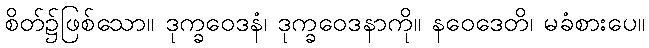
စိတ်၌ဖြစ်သော။ ဒုက္ခဝေဒနံ၊ ဒုက္ခဝေဒနာကို။ နဝေဒေတိ၊ မခံစားပေ။